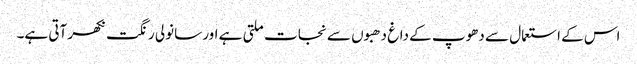
اس کے استعمال سے دھوپ کے داغ دھبوں سے نجات ملتی ہے اور سانولی رنگت نکھر آتی ہے۔